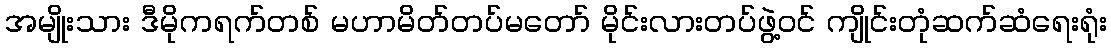
အမျိုးသား ဒီမိုကရက်တစ် မဟာမိတ်တပ်မတော် မိုင်းလားတပ်ဖွဲ့ဝင် ကျိုင်းတုံဆက်ဆံရေးရုံး